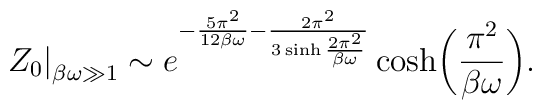
Z_0\big|_{\beta\omega\gg 1}  \sim  e^{-\frac{5\pi^2}{12\beta \omega}  -\frac{2\pi^2}{3 \sinh \frac{2 \pi^2}{\beta \omega}}}\cosh\biggl(\frac{\pi^2}{\beta \omega}\biggr).